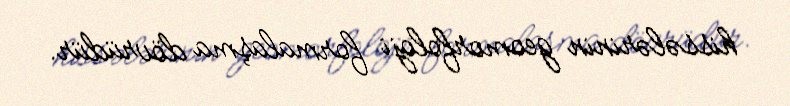
hissələrinin geomorfoloji formalaşma dövrüdür.